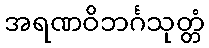
အရဏဝိဘင်္ဂသုတ္တံ